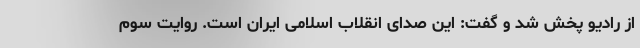
از رادیو پخش شد و گفت: این صدای انقلاب اسلامی ایران است. روایت سوم